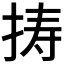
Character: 𢭏